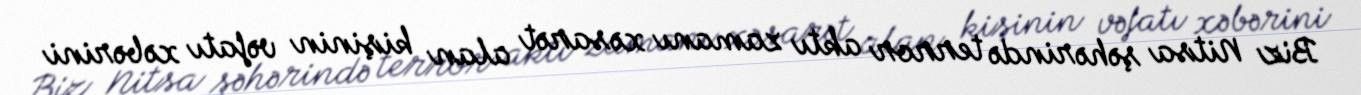
Biz Nitsa şəhərində terror aktı zamanı xəsarət alan kişinin vəfatı xəbərini